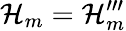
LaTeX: \mathcal{H}_{m}=\mathcal{H}_{m}^{\prime\prime\prime}